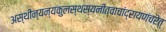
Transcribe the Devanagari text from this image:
अस्थीन्यन्यकुलस्थस्यनीत्वाचांद्रायणंचरेत्